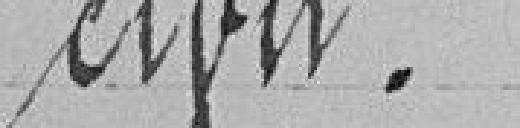
civil.